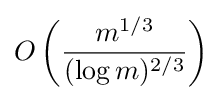
O\left({\frac {m^{1/3}}{(\log m)^{2/3}}}\right)